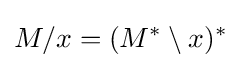
M/x=(M^{\ast }\setminus x)^{\ast }